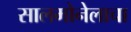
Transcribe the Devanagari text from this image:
सालमोनेलाचा